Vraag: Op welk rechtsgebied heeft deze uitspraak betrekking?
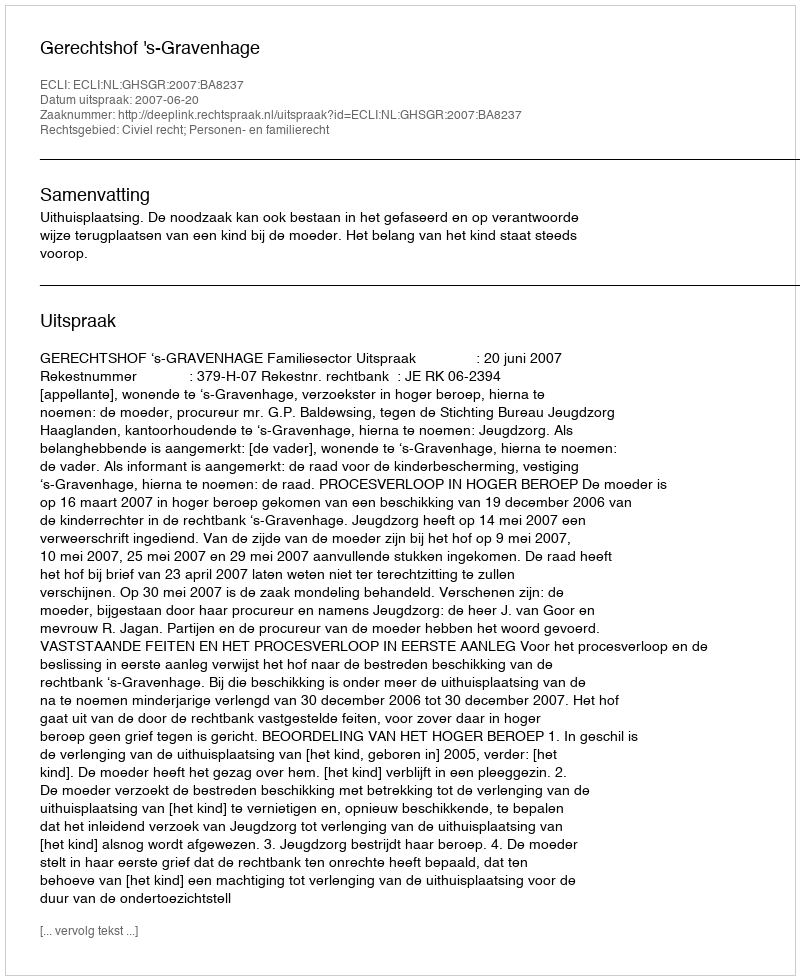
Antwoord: Civiel recht; Personen- en familierecht